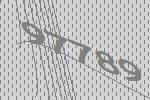
97789